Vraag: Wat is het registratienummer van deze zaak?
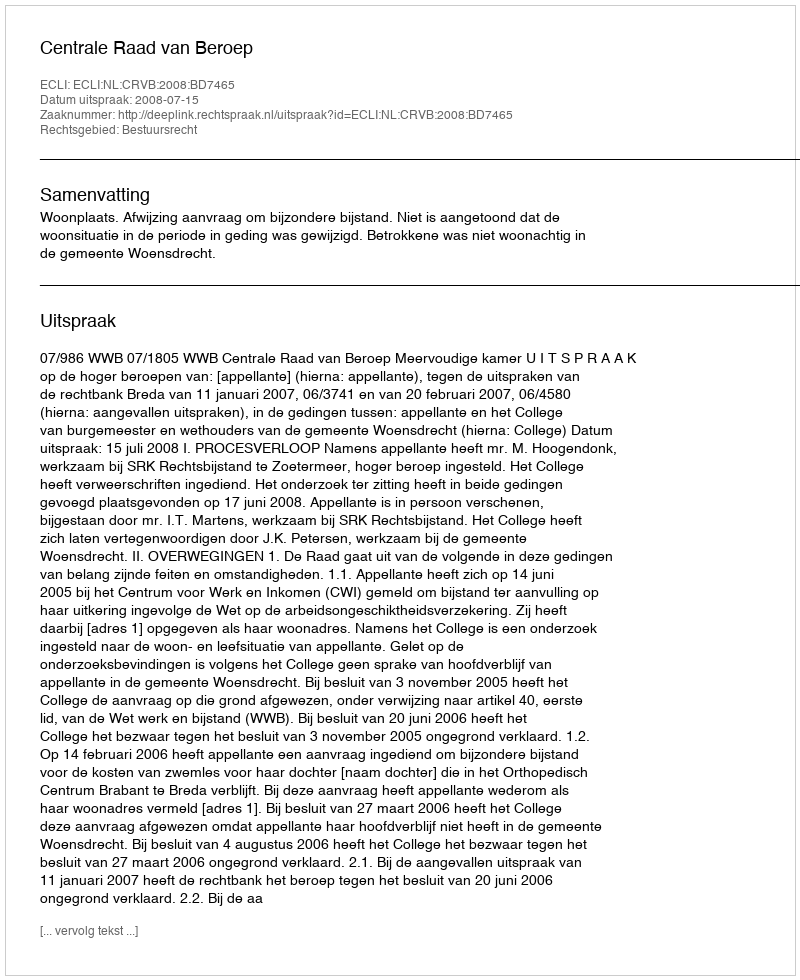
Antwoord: http://deeplink.rechtspraak.nl/uitspraak?id=ECLI:NL:CRVB:2008:BD7465